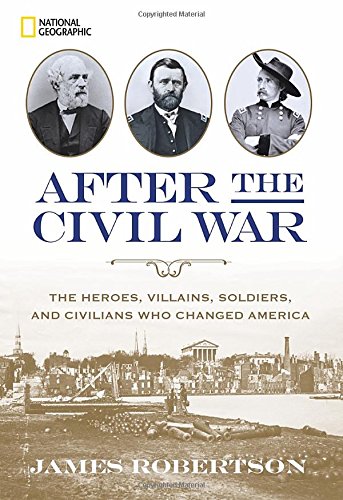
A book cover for After the Civil War: The Heroes, Villains, Soldiers, and Civilians Who Changed America; James Robertson; History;